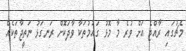
މެޗުގައި ރާއްޖެ އަށް ވުރެ މާ މޮޅު ގައުމުތަކާ ވާދަކޮށް ރަނގަޅު ނަތީޖާތަކެއް